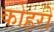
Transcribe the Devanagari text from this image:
कोहरों